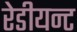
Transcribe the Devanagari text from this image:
रेडीयन्ट